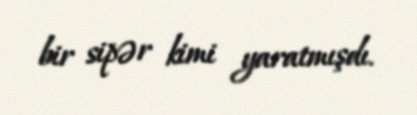
bir sipər kimi yaratmışdı.